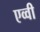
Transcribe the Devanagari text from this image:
एव्वी